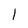
Character: 1